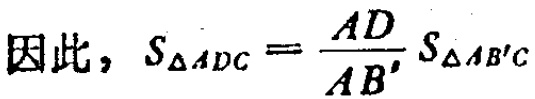
因此，$S_{\triangle ADC}=\frac{AD}{AB'}S_{\triangle AB'C}$